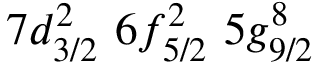
7 d _ { 3 / 2 } ^ { 2 } \, \, 6 f _ { 5 / 2 } ^ { 2 } \, \, 5 g _ { 9 / 2 } ^ { 8 }